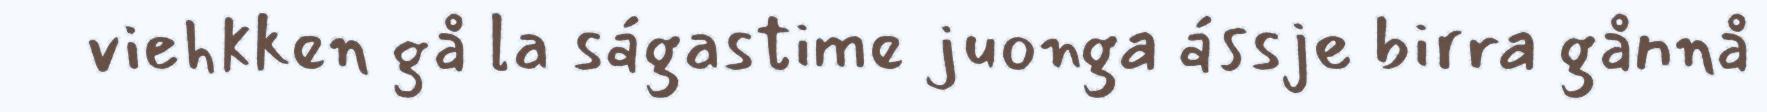
viehkken gå la ságastime juonga ássje birra gånnå